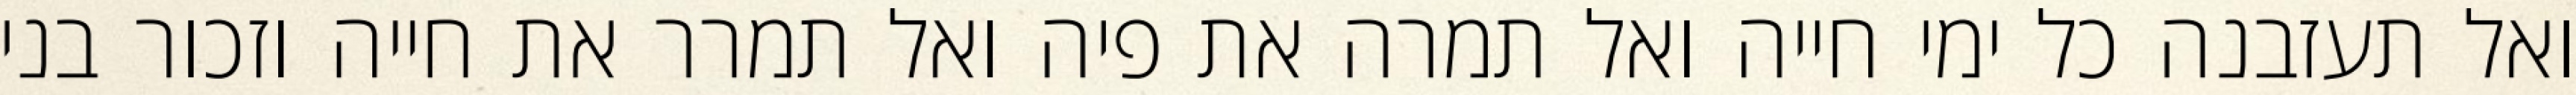
ואל תעזבנה כל ימי חייה ואל תמרה את פיה ואל תמרר את חייה וזכור בני